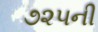
૭૨૫ની